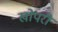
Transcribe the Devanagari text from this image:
खोपरी